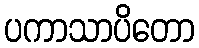
ပကာသာပိတော